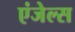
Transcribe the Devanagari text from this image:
एंजेल्‍स